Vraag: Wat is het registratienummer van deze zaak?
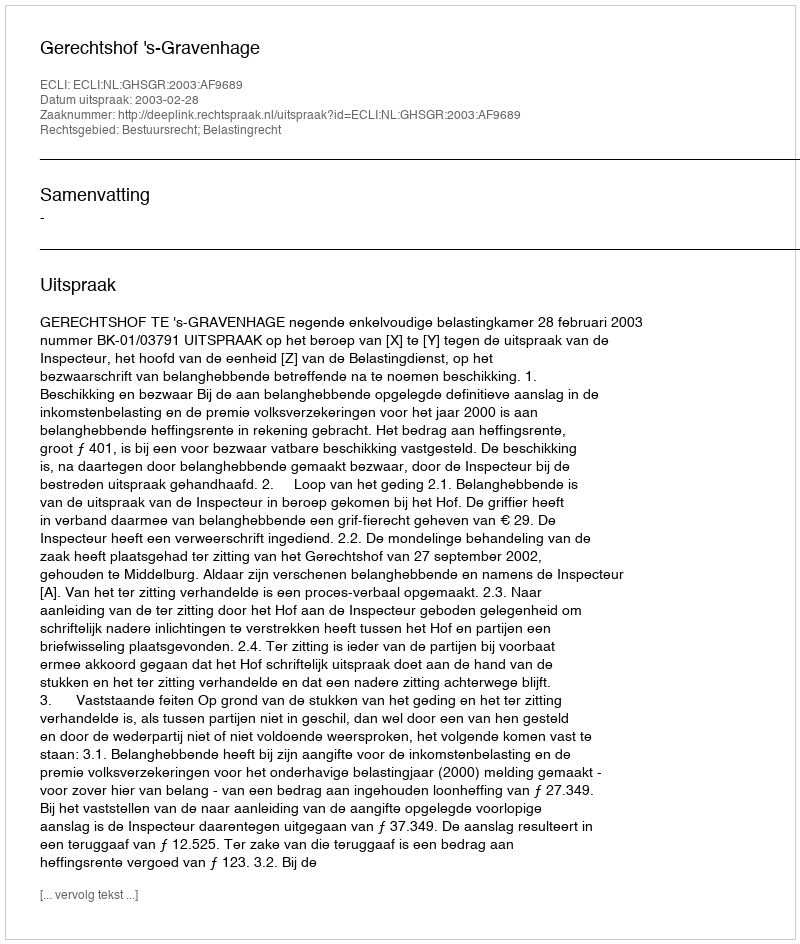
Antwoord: http://deeplink.rechtspraak.nl/uitspraak?id=ECLI:NL:GHSGR:2003:AF9689